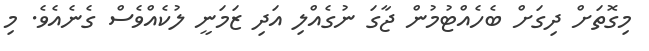
މިގޮތަށް ދިގަށް ބެހެއްޓުމުން ޖާގަ ނުގެއްލި އަދި ޒަމަނީ ލުކެއްވެސް ގެނެއެވެ. މި